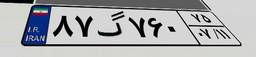
۷۰گ۲۶۲۹۴